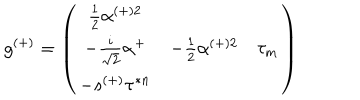
LaTeX: g ^ { ( + ) } = \left( \begin{array} { c c c } { { \frac { 1 } { 2 } \alpha ^ { ( + ) 2 } } } & { { } } & { { } } \\ { { - \frac { i } { \sqrt { 2 } } \alpha ^ { + } } } & { { - \frac { 1 } { 2 } \alpha ^ { ( + ) 2 } } } & { { \tau _ { m } } } \\ { { - s ^ { ( + ) } \tau ^ { * n } } } & { { } } & { { } } \\ \end{array} \right)